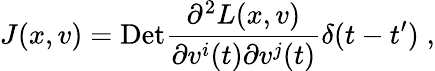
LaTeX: J(x,v)=\mathrm{Det}\frac{\partial^{2}L(x,v)}{\partial v^{i}(t)\partial v^{j}(t)}\delta(t-t^{\prime})\; ,